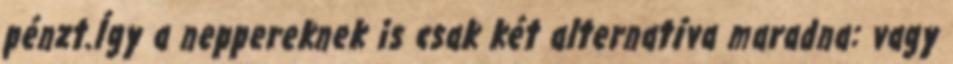
pénzt.Így a neppereknek is csak két alternatíva maradna: vagy